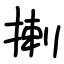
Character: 揦